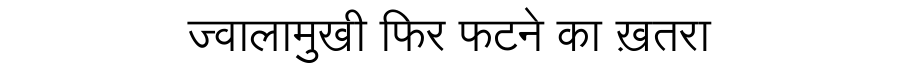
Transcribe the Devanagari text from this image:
ज्वालामुखी फिर फटने का ख़तरा